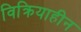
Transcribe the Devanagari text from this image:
विक्रियाहीन